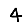
Digit: 4